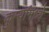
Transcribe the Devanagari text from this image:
कुर्म्यामध्ये